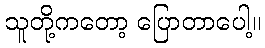
သူတို့ကတော့ ပြောတာပေါ့။